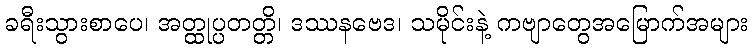
ခရီးသွားစာပေ၊ အတ္ထုပ္ပတတ္တိ၊ ဒဿနဗေဒ၊ သမိုင်းနဲ့ ကဗျာတွေအမြောက်အများ